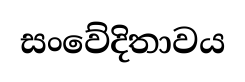
සංවේදිතාවය